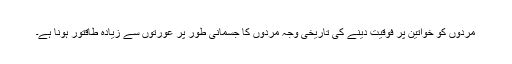
مردوں کو خواتین پر فوقیت دینے کی تاریخی وجہ مردوں کا جسمانی طور پر عورتوں سے زیادہ طاقتور ہونا ہے۔